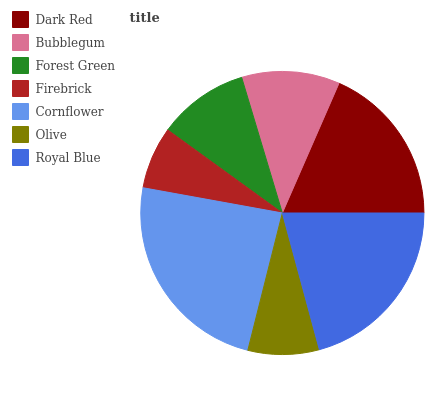
| Dark Red | Bubblegum | Forest Green | Firebrick | Cornflower | Olive | Royal Blue |
 | --- | --- | --- | --- | --- | --- | --- |
 | 18.5% | 11.2% | 10.4% | 7.13% | 23.9% | 8.13% | 20.8% |